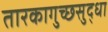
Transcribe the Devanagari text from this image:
तारकागुच्छसुद्धा